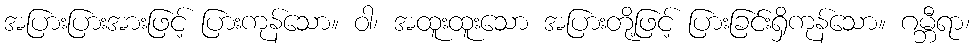
အပြားပြားအားဖြင့် ပြားကုန်သော။ ဝါ၊ အထူးထူးသော အပြားတို့ဖြင့် ပြားခြင်းရှိကုန်သော။ ဂမ္ဘီရာ၊